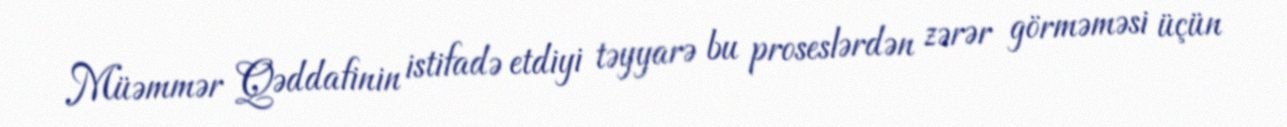
Müəmmər Qəddafinin istifadə etdiyi təyyarə bu proseslərdən zərər görməməsi üçün